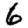
Digit: 6